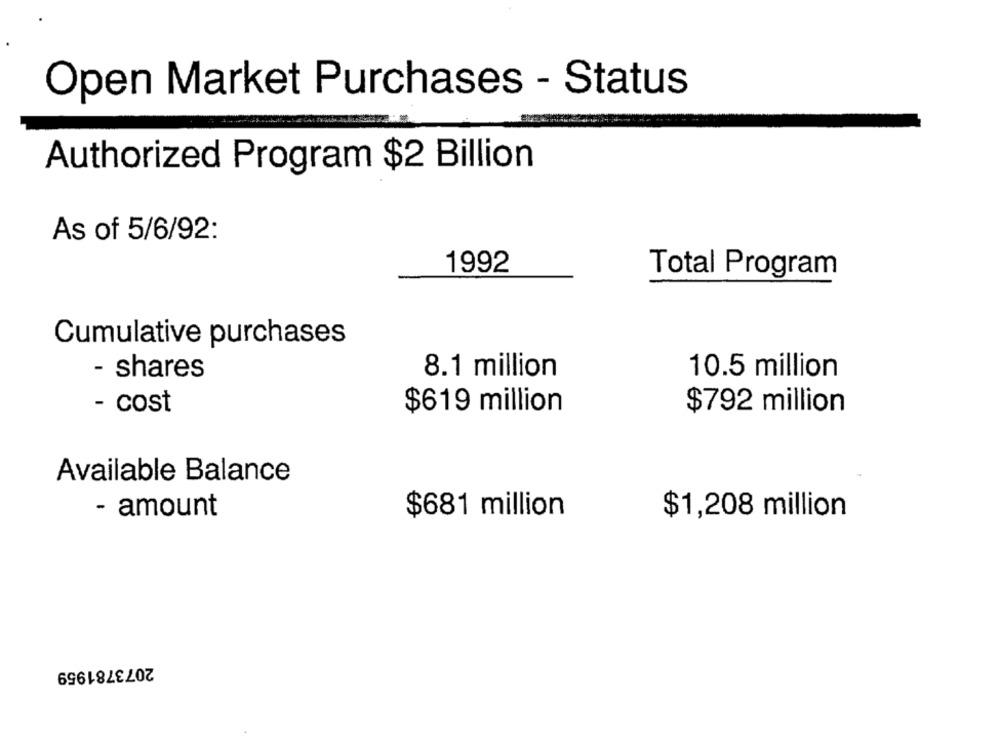
Open Market Purchases - Status
Authorized Program $2 Billion
As of 5/6/92:
1992
Total Program
Cumulative purchases
- shares
8.1 million
10.5 million
- cost
$619 million
$792 million
Available Balance
- amount
$681 million
$1,208 million
2073781959